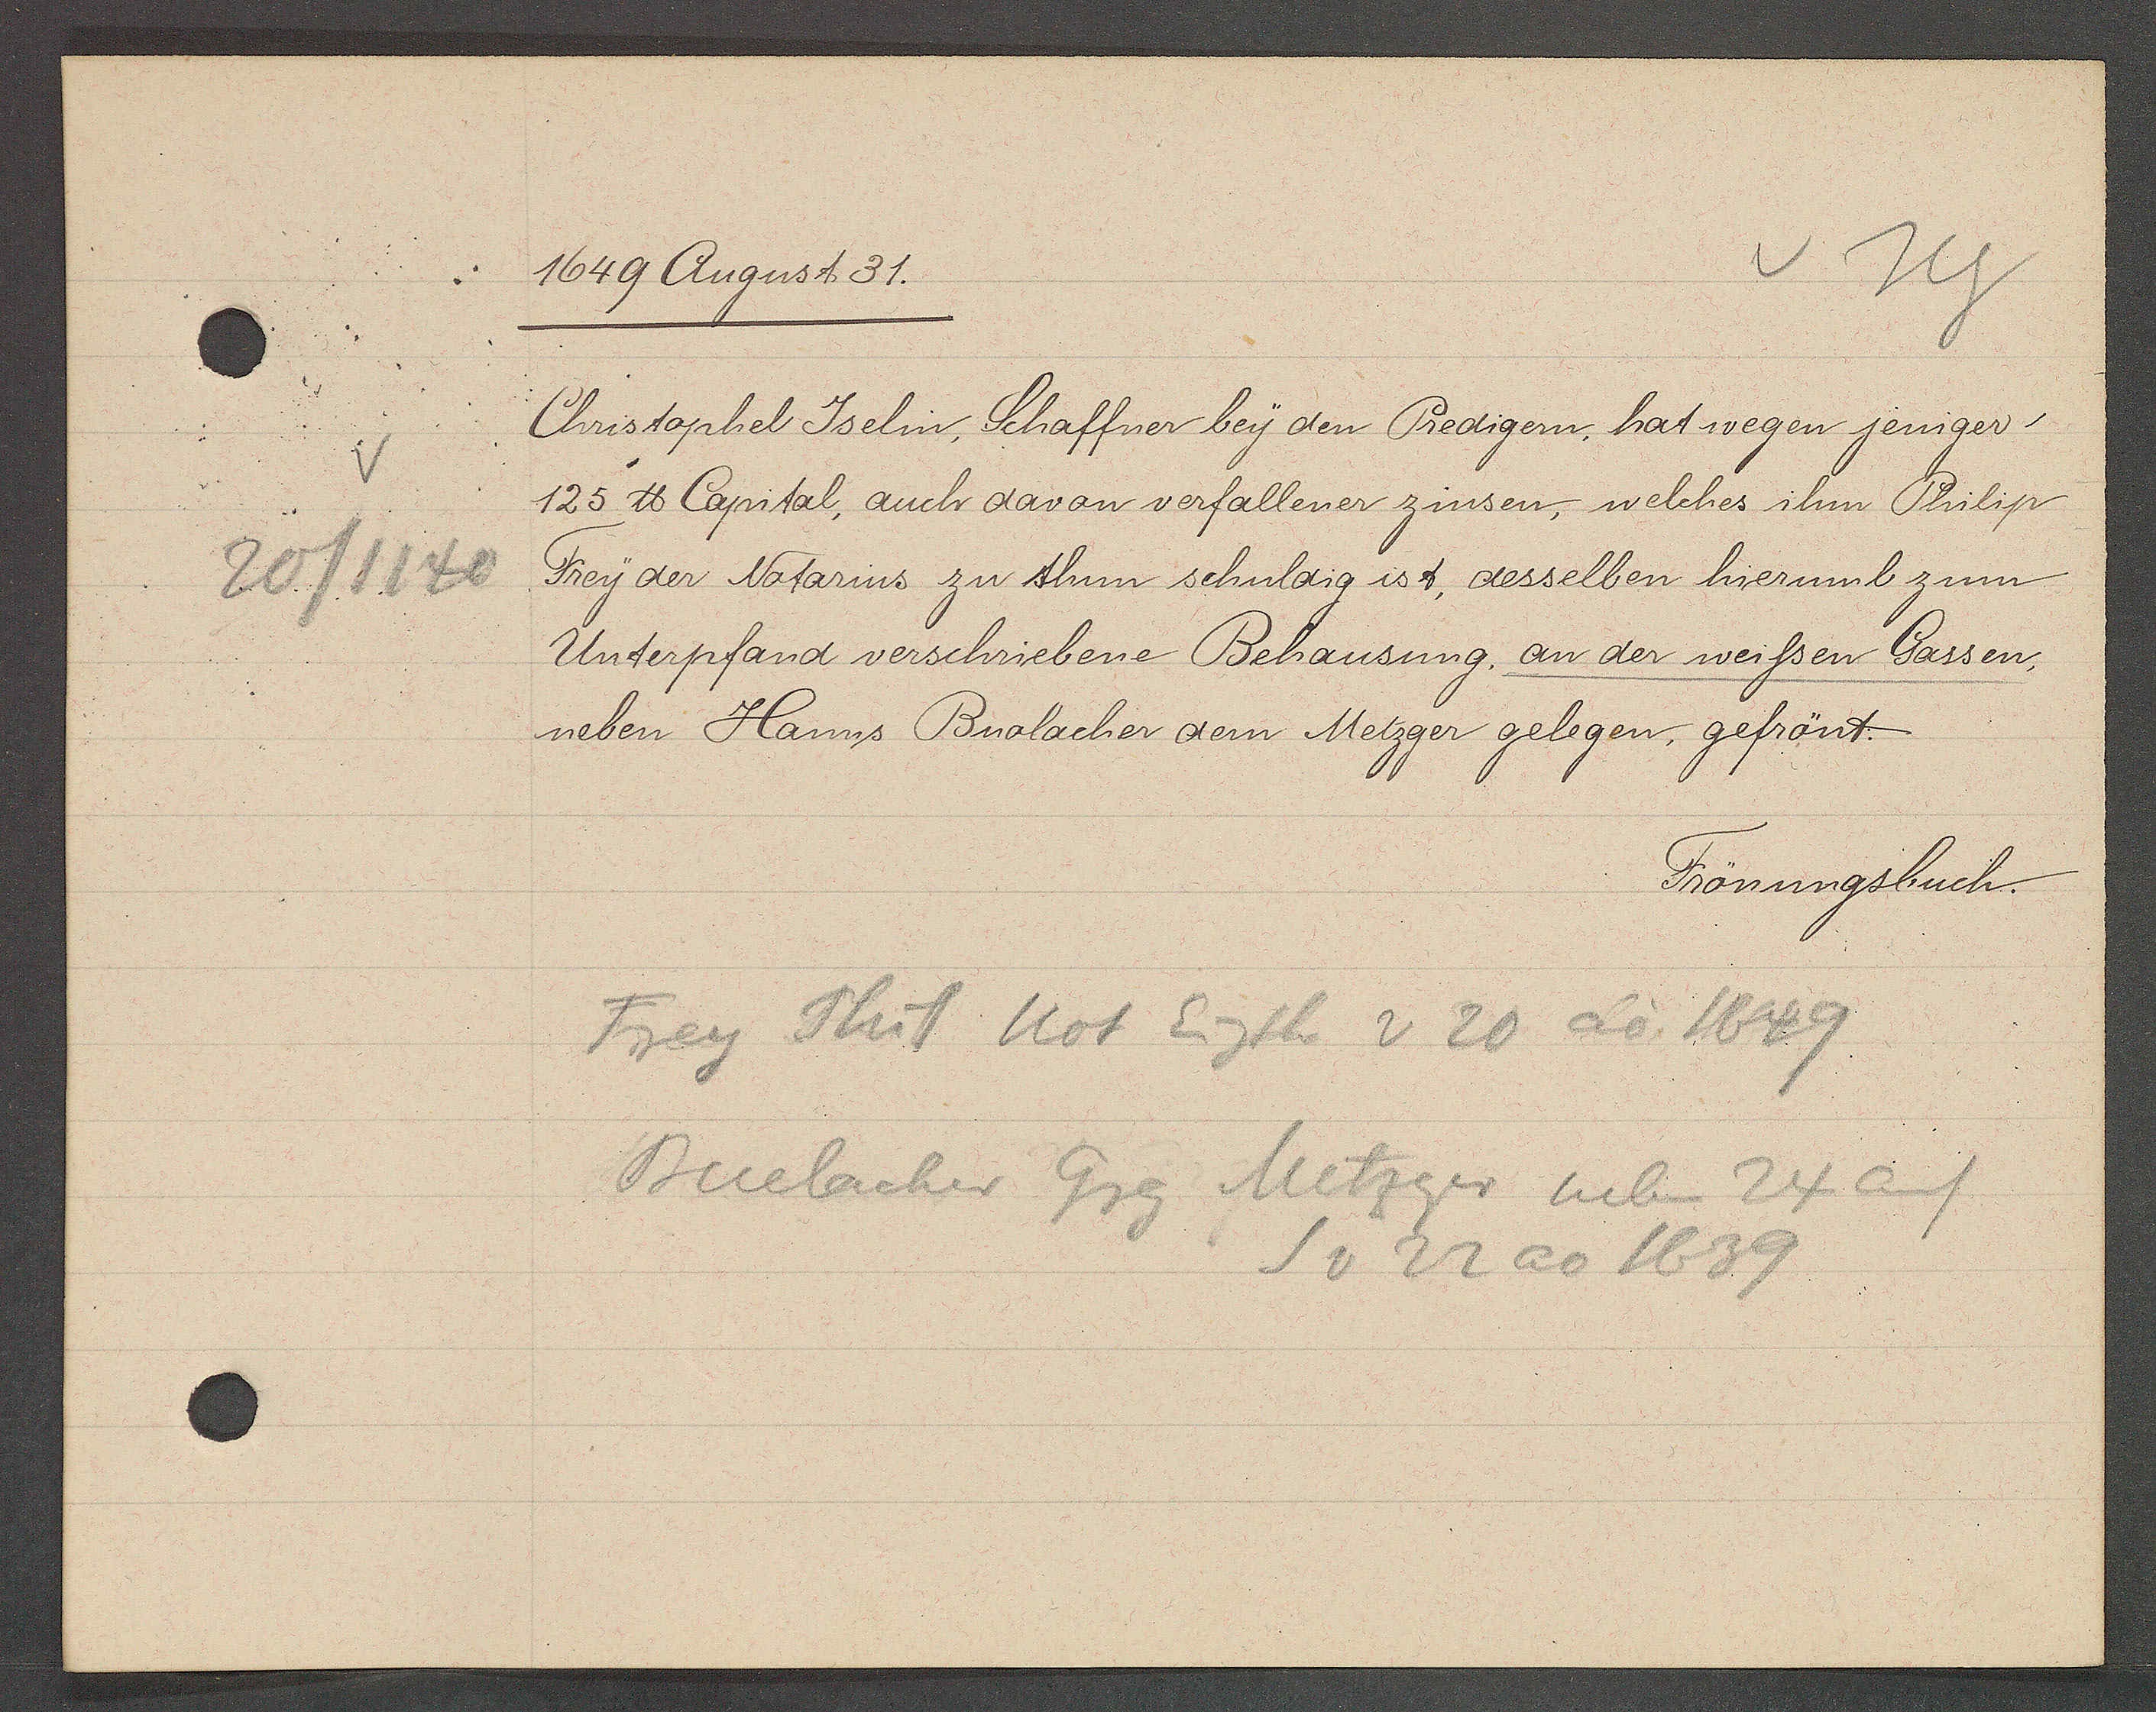
Transcript:
20/1140

1649 August 31.

Christophel Jselin, Schaffner bey den Predigern, hat wegen jeniger
125 ℔ Capital, auch davan verfallener zinsen, welches ihm Philip
Frey der Notarius zu thun schuldig ist, desselben hierumb zum
Unterpfand verschriebene Behausung, an der weissen Gassen,
neben Hanns Buolacher dem Metzger gelegen, gefrönt.

Frönungsbuch.

Frey Phill Mot Eigth v 20 ao 1649
Buelacher Grg Metzger neben 24 auf
S v 22 ao 1639